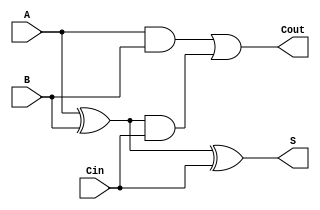
module CarryLookaheadFullAdder (
    input wire A,    // First binary input
    input wire B,    // Second binary input
    input wire Cin,  // Carry-in input
    output wire S,   // Sum output
    output wire Cout  // Carry-out output
);

    // Internal signals
    wire G;  // Generate signal
    wire P;  // Propagate signal

    // Logic functions
    assign G = A & B;         // Generate signal: G = A AND B
    assign P = A ^ B;         // Propagate signal: P = A XOR B
    assign Cout = G | (P & Cin); // Carry-out: Cout = G OR (P AND Cin)
    assign S = P ^ Cin;       // Sum: S = P XOR Cin

endmodule